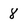
Character: 8